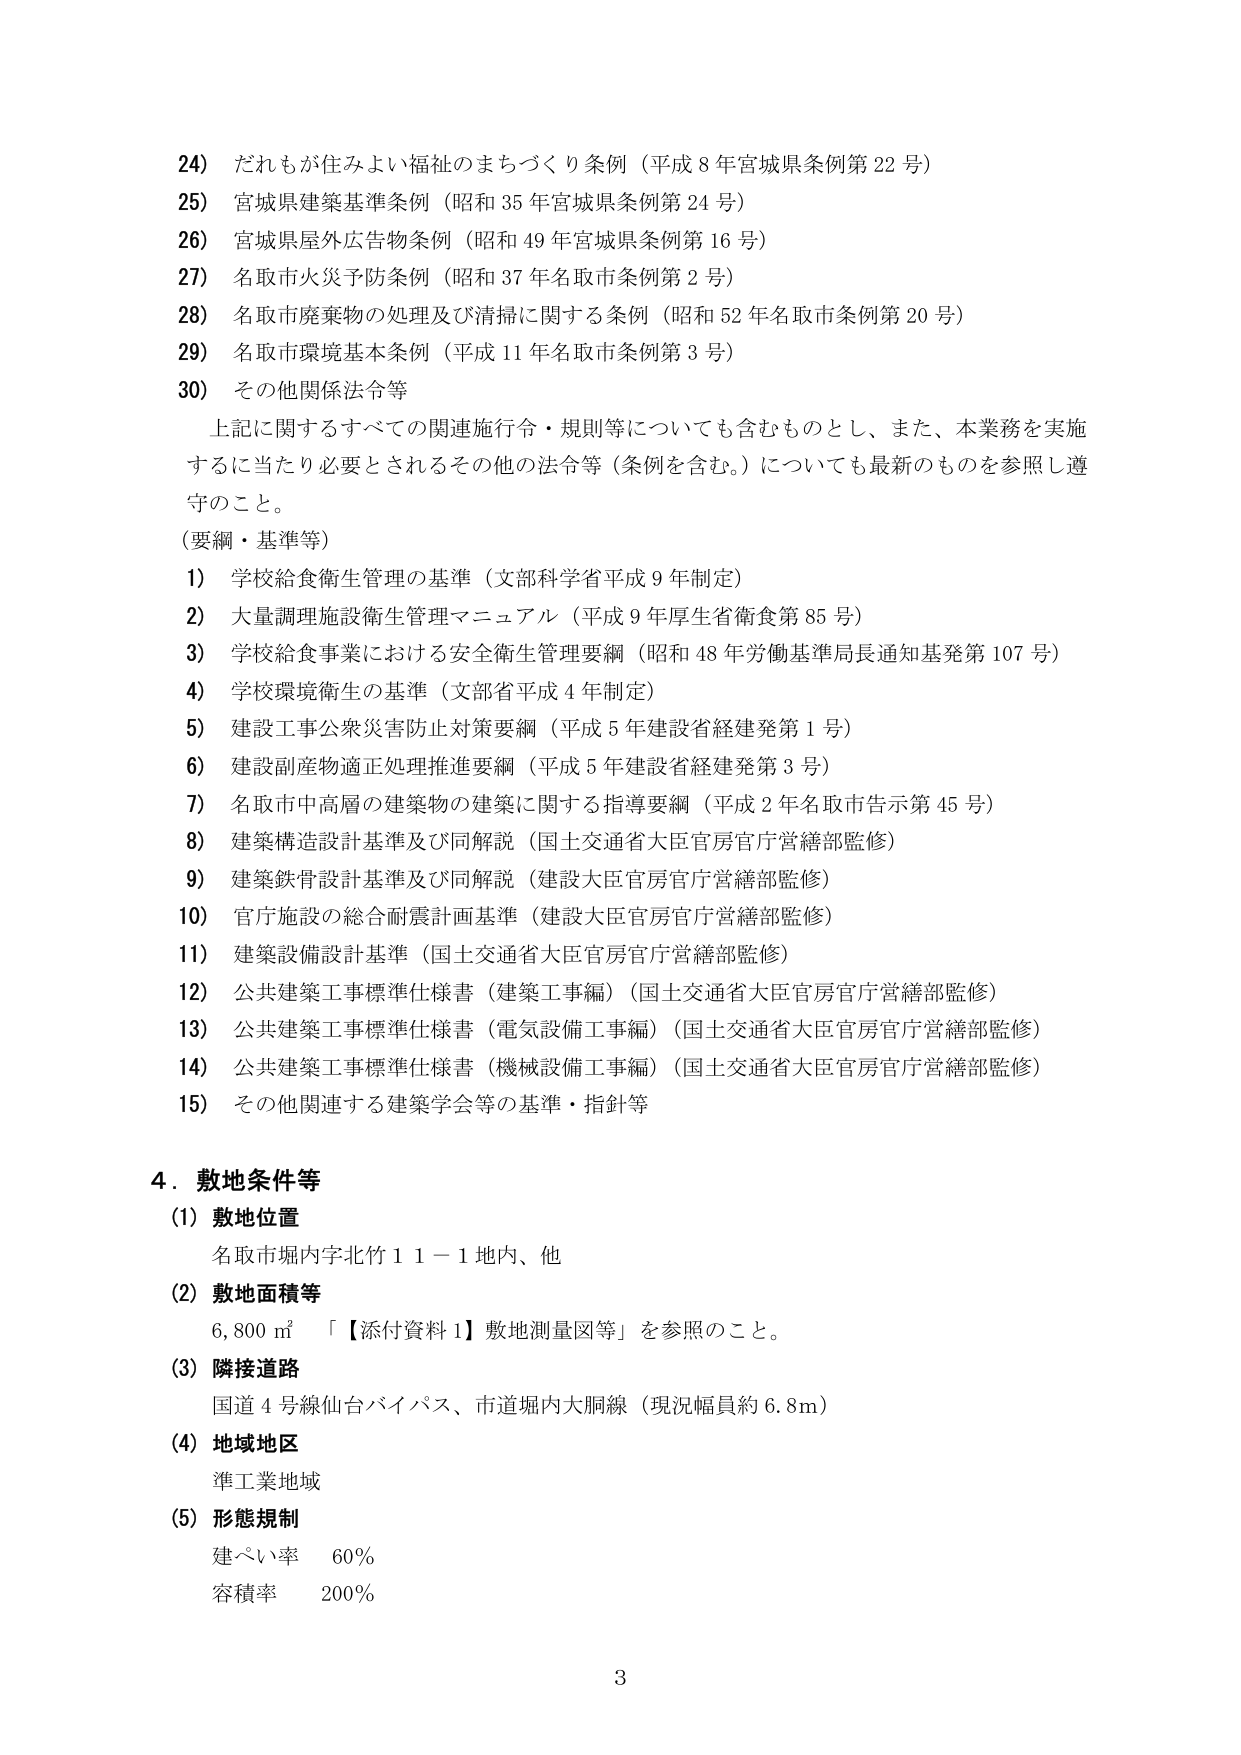
24) だれもが住みよい福祉のまちづくり条例（平成8年宮城県条例第22号）
25) 宮城県建築基準条例（昭和35年宮城県条例第24号）
26) 宮城県屋外広告物条例（昭和49年宮城県条例第16号）
27) 名取市火災予防条例（昭和37年名取市条例第2号）
28) 名取市廃棄物の処理及び清掃に関する条例（昭和52年名取市条例第20号）
29) 名取市環境基本条例（平成11年名取市条例第3号）
30) その他関係法令等

上記に関するすべての関連施行令・規則等についても含むものとし、また、本業務を実施するに当たり必要とされるその他の法令等（条例を含む。）についても最新のものを参照し遵守のこと。

（要綱・基準等）
1) 学校給食衛生管理の基準（文部科学省平成9年制定）
2) 大量調理施設衛生管理マニュアル（平成9年厚生省衛食第85号）
3) 学校給食事業における安全衛生管理要綱（昭和48年労働基準局長通知基発第107号）
4) 学校環境衛生の基準（文部省平成4年制定）
5) 建設工事公衆災害防止対策要綱（平成5年建設省経建発第1号）
6) 建設副産物適正処理推進要綱（平成5年建設省経建発第3号）
7) 名取市中高層の建築物の建築に関する指導要綱（平成2年名取市告示第45号）
8) 建築構造設計基準及び同解説（国土交通省大臣官房官庁営繕部監修）
9) 建築鉄骨設計基準及び同解説（建設大臣官房官庁営繕部監修）
10) 官庁施設の総合耐震計画基準（建設大臣官房官庁営繕部監修）
11) 建築設備設計基準（国土交通省大臣官房官庁営繕部監修）
12) 公共建築工事標準仕様書（建築工事編）（国土交通省大臣官房官庁営繕部監修）
13) 公共建築工事標準仕様書（電気設備工事編）（国土交通省大臣官房官庁営繕部監修）
14) 公共建築工事標準仕様書（機械設備工事編）（国土交通省大臣官房官庁営繕部監修）
15) その他関連する建築学会等の基準・指針等

4．敷地条件等
(1) 敷地位置
名取市堀内字北竹11－1地内、他
(2) 敷地面積等
6,800㎡ 「【添付資料1】敷地測量図等」を参照のこと。
(3) 隣接道路
国道4号線仙台バイパス、市道堀内大胴線（現況幅員約6.8m）
(4) 地域地区
準工業地域
(5) 形態規制
建ぺい率　60%
容積率　200%

3